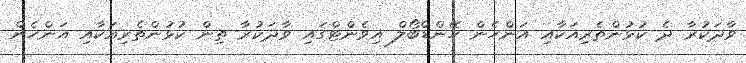
ވާދަކުރާ ދެ ކުޅުންތެރިއަކާއި އަންހެން ހޭންޑްބޯލް އިވެންޓްގައި ވާދަކުރާ ތިން ކުޅުންތެރިއަކާއި އަންހެން